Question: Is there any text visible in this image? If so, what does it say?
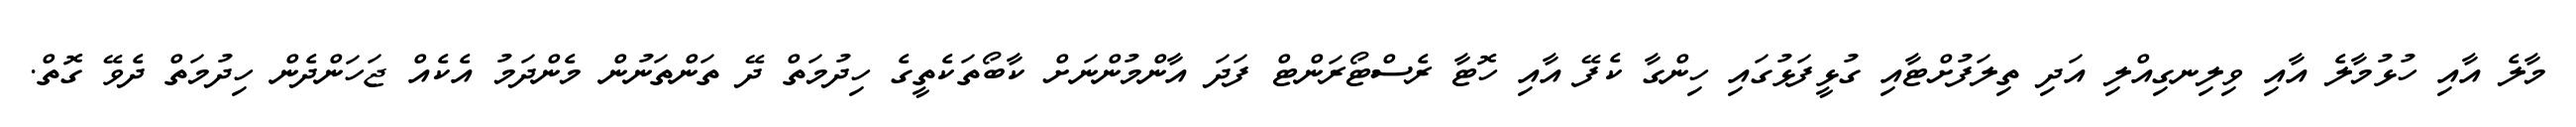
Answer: މާލެ އާއި ހުޅުމާލެ އާއި ވިލިނގިއްލި އަދި ތިލަފުށްޓާއި ގުޅީފަޅުގައި ހިންގާ ކެފޭ އާއި ހޮޓާ ރެސްޓޯރަންޓް ފަދަ އާންމުންނަށް ކާބޯތަކެތީގެ ހިދުމަތް ދޭ ތަންތަނުން މެންދަމު އެކެއް ޖަހަންދެން ހިދުމަތް ދެވޭ ގޮތް.